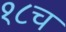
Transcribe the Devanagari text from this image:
१८च